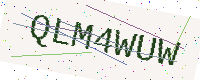
Text: QLM4WUW